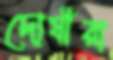
দোষীরা